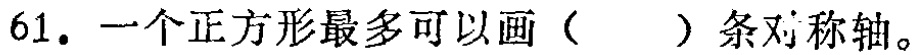
61. 一个正方形最多可以画（  ）条对称轴。